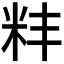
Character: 𫂶